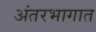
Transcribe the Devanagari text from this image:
अंतरभागात